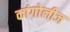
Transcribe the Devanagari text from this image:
कांगोलीज